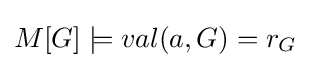
M[G]\models val(a,G)=r_{G}